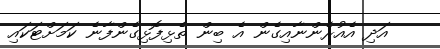
އަދި އެއުރެންނާއިގެން އެ ބިން ތެޅިފޮޅިގެންފާނެ ކަމަށްޓަކައި